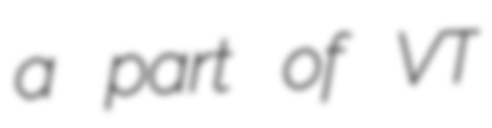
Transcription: a part of VT